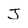
Character: J